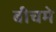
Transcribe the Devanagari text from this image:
बीचमे